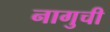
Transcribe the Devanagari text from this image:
नागुची